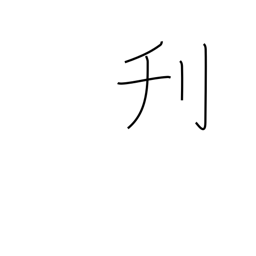
Meaning: whittle